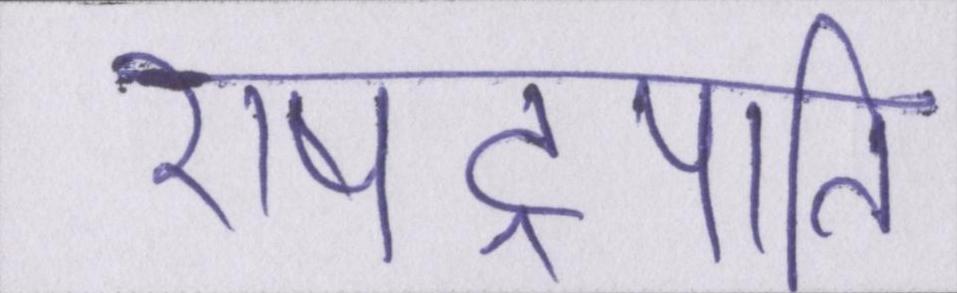
राषट्रपति